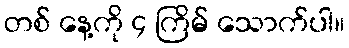
တစ် နေ့ကို ၄ ကြိမ် သောက်ပါ။